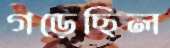
গড়েছিল